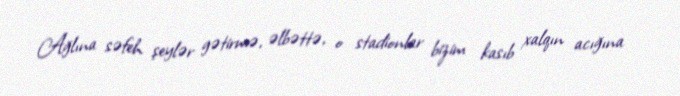
Ağlına səfeh şeylər gətirmə, əlbəttə, o stadionlar bizim kasıb xalqın acığına